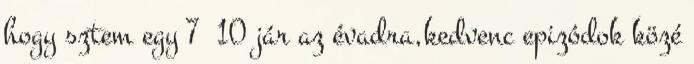
hogy sztem egy 7 10 jár az évadra,kedvenc epizódok közé